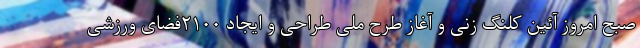
صبح امروز آئین کلنگ زنی و آغاز طرح ملی طراحی و ایجاد ۲۱۰۰فضای ورزشی